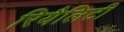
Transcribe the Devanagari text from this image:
रियैलिटी